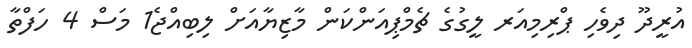
އުރީދޫ ދިވެހި ޕްރިމިއަރ ލީގުގެ ޗެމްޕިއަންކަން މާޒިޔާއަށް ލިބިއްޖެ1 މަސް 4 ހަފްތާ